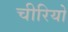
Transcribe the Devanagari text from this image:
चीरियो